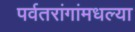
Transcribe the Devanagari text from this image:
पर्वतरांगांमधल्या